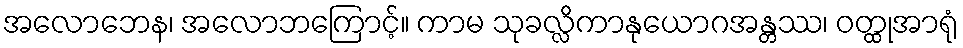
အလောဘေန၊ အလောဘကြောင့်။ ကာမ သုခလ္လိကာနုယောဂအန္တဿ၊ ဝတ္ထုအာရုံ